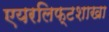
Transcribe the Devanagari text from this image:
एयरलिफ्टशाखा